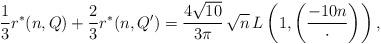
LaTeX: \begin{align*}\frac{1}{3}r^*(n,Q)+\frac{2}{3}r^*(n,Q')=\frac{4\sqrt{10}}{3\pi}\,\sqrt{n}\,L\left(1,\left(\frac{-10n}{\cdot}\right)\right),\end{align*}